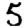
Digit: 5